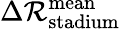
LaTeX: \Delta\mathcal{R}_{\mathrm{{stadium}}}^{\mathrm{{mean}}}